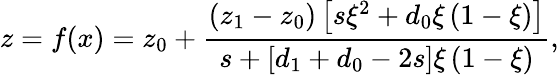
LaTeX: z=f(x)=z_{0}+\frac{\left(z_{1}-z_{0}\right)\left[s\xi^{2}+d_{0}\xi\left(1-\xi\right)\right]}{s+\left[d_{1}+d_{0}-2s\right]\xi\left(1-\xi\right)},